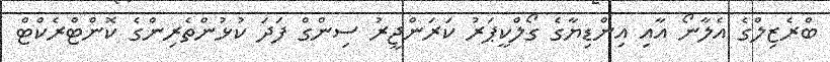
ބްރެޒިލްގެ އެލާނޯ އާއި އިންޑިޔާގެ ގޯލްކީޕަރު ކަރަންޖީރު ސިންގް ފަދަ ކުޅުންތެރިންގެ ކޮންޓްރެކްޓް